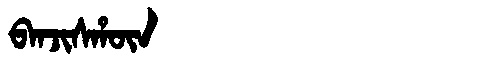
Manchu: ᠪᠠᠨᠵᡳᠰᡥᡡᠨ
Romanization: BANJISHŪN